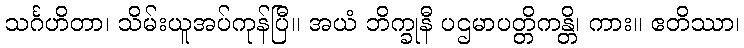
သင်္ဂဟိတာ၊ သိမ်းယူအပ်ကုန်ပြီ။ အယံ ဘိက္ခုနီ ပဌမာပတ္တိကန္တိ၊ ကား။ ဧတိဿာ၊